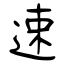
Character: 速